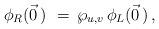
LaTeX: \begin{align*}\phi_R(\vec 0\,)\, \,=\,\wp_{u,v}\,\phi_L(\vec 0\,)\,,\end{align*}